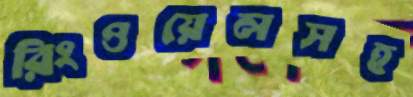
রিংওয়েলসহ